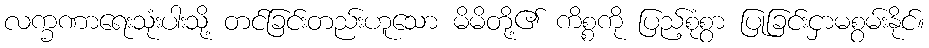
လက္ခဏာရေးသုံးပါးသို့ တင်ခြင်းတည်းဟူသော မိမိတို့၏ ကိစ္စကို ပြည့်စုံစွာ ပြုခြင်းငှာမစွမ်းနိုင်။